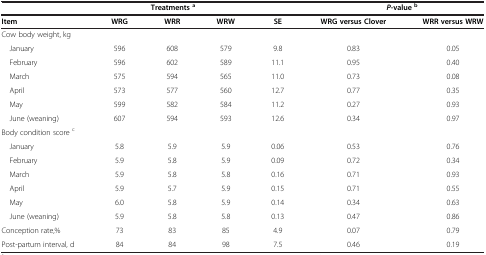
|  | <COLSPAN=3> Treatmentsa |  | <COLSPAN=2> P-valueb |
 | --- | --- | --- | --- | --- | --- | --- |
 | Item | WRG | WRR | WRW | SE | WRG versus Clover | WRR versus WRW |
 | Cow body weight, kg |  |  |  |  |  |  |
 | January | 596 | 608 | 579 | 9.8 | 0.83 | 0.05 |
 | February | 596 | 602 | 589 | 11.1 | 0.95 | 0.40 |
 | March | 575 | 594 | 565 | 11.0 | 0.73 | 0.08 |
 | April | 573 | 577 | 560 | 12.7 | 0.77 | 0.35 |
 | May | 599 | 582 | 584 | 11.2 | 0.27 | 0.93 |
 | June (weaning) | 607 | 594 | 593 | 12.6 | 0.34 | 0.97 |
 | Body condition score c |  |  |  |  |  |  |
 | January | 5.8 | 5.9 | 5.9 | 0.06 | 0.53 | 0.76 |
 | February | 5.9 | 5.8 | 5.9 | 0.09 | 0.72 | 0.34 |
 | March | 5.9 | 5.8 | 5.8 | 0.16 | 0.71 | 0.93 |
 | April | 5.9 | 5.7 | 5.9 | 0.15 | 0.71 | 0.55 |
 | May | 6.0 | 5.8 | 5.9 | 0.14 | 0.34 | 0.63 |
 | June (weaning) | 5.9 | 5.8 | 5.8 | 0.13 | 0.47 | 0.86 |
 | Conception rate,% | 73 | 83 | 85 | 4.9 | 0.07 | 0.79 |
 | Post-partum interval, d | 84 | 84 | 98 | 7.5 | 0.46 | 0.19 |